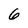
Character: 6